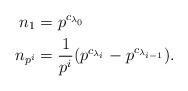
LaTeX: \begin{align*}n_1 &= p^{c_{\lambda_0}} \\n_{p^i} &= \frac{1}{p^i}(p^{c_{\lambda_i}}-p^{c_{\lambda_{i-1}}}).\end{align*}